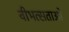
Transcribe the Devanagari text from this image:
वीभत्सताओं